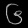
Digit: ၆